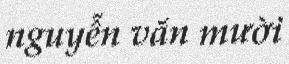
nguyễn văn mười